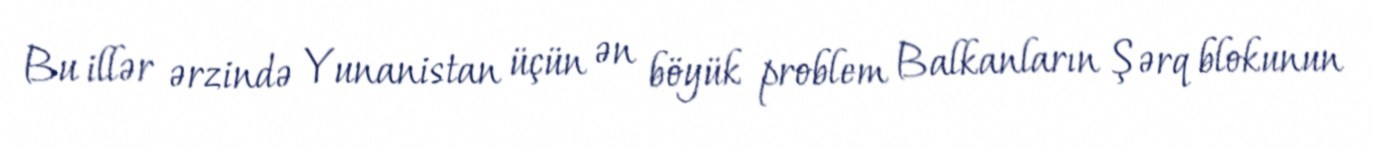
Bu illər ərzində Yunanistan üçün ən böyük problem Balkanların Şərq blokunun